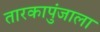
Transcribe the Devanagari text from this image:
तारकापुंजाला